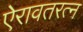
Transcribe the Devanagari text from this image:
ऐरावतरत्न